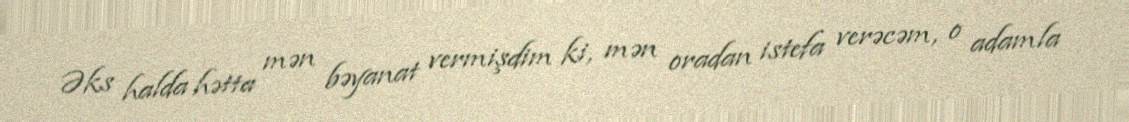
Əks halda hətta mən bəyanat vermişdim ki, mən oradan istefa verəcəm, o adamla